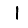
Digit: 1